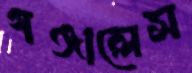
গঞ্জালেস